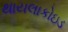
થાયલાકોઇડ